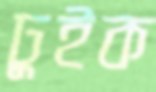
ঢুইক